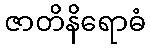
ဇာတိနိရောဓံ